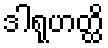
ဒါရုဟတ္ထိ